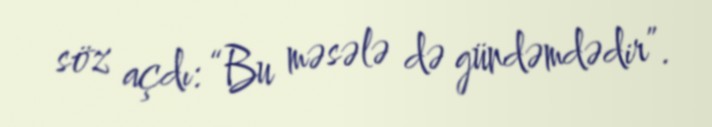
söz açdı: “Bu məsələ də gündəmdədir”.